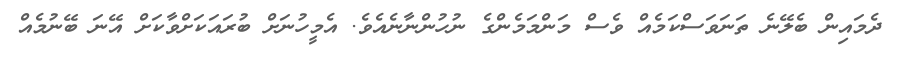
ދެމައިން ބެލޭނެ ތަނަވަސްކަމެއް ވެސް މަންމަމެންގެ ނުހުންނާނެއެވެ. އެމީހުނަށް ބުރައަކަށްވާކަށް އޭނަ ބޭނުމެއް